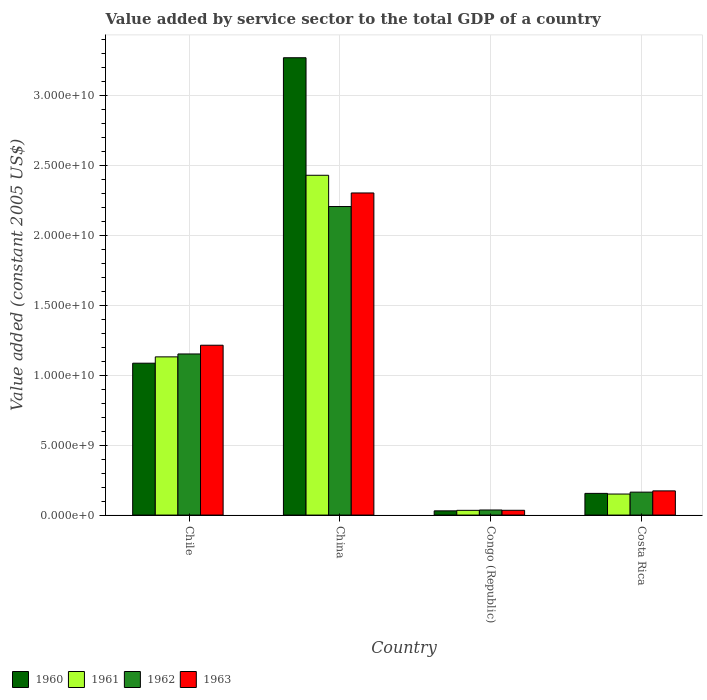
| Country | 1960 | 1961 | 1962 | 1963 |
 | --- | --- | --- | --- | --- |
 | Chile | 1.09e+10 | 1.13e+10 | 1.15e+10 | 1.22e+10 |
 | China | 3.27e+10 | 2.43e+10 | 2.21e+10 | 2.3e+10 |
 | Congo (Republic) | 3.02e+08 | 3.39e+08 | 3.64e+08 | 3.42e+08 |
 | Costa Rica | 1.55e+09 | 1.51e+09 | 1.64e+09 | 1.73e+09 |